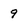
Character: 9